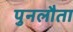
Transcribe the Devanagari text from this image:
पुनलौता